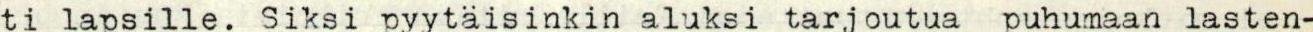
ti lapsille. Siksi pyytäisinkin aluksi tarjoutua puhumaan lasten-